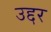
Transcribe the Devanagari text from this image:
उद्दर